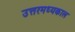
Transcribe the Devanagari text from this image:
उत्तरमध्यकाल